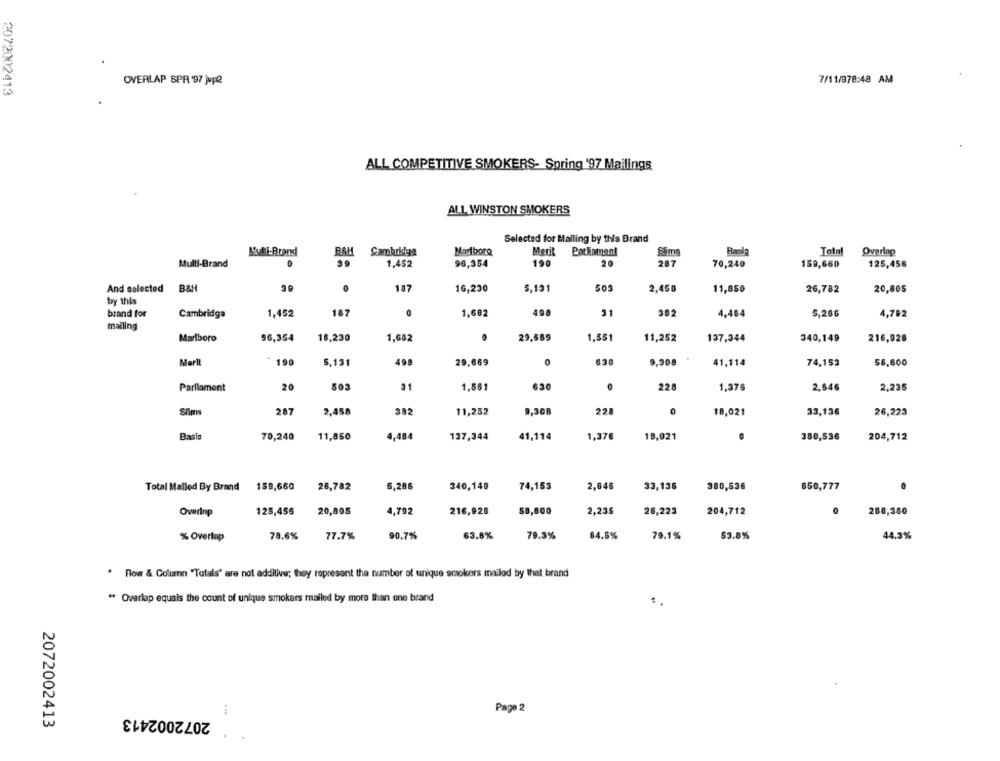
OVERLAP SPR 97 jvp2
7/11/978:48 AM
2072002413
ALL COMPETITIVE SMOKERS- Spring '97 Mailings
ALL WINSTON SMOKERS
Selected for Mailing by this Brand
Multi-Brand
RAH
Cambridge
Marlboro
Merit
flims
Total
Overlap
Mulli-Brand
1.452
96,354
190
20
287
70,240
159,660
125,456
And selected B&H
187
16,230
5,191
503
2,458
11,850
26,782
20,805
by this
brand for
1,452
187
1,682
498
31
382
4,464
5.286
4,792
Cambridge
mailing
Marlboro
96,354
16,230
1,682
29,589
1,551
11,252
137,344
340,149
216,928
Merit
- 190
5,131
498
29,669
630
9,308
41,114
74,153
58,600
Parliament
20
503
31
1.861
630
228
1,376
2,646
2,235
Slims
287
2,458
382
11,252
9,308
228
0
18,021
33,136
26,223
Basle
70,240
11,850
4,484
137,344
41,114
1,376
18,021
380,536
204,712
Total Malled By Brand 159,660
26,782
5.286
340,149
74,153
2,646
33,136
380,536
650,777
Overinp
128,456
20,805
4,792
216,928
58,600
2,235
26,223
204,712
288,380
% Overlap
78.6%
77.7%
90.7%
63.6%
79.3%
84.5%
79.1%
53.8%
44.3%
. Row & Column "Totals" are not additive; they represent the number of unique smokers mailed by that brand
** Overlap equals the count of unique smokers mailed by more than one brand
2072002413
Page 2
2072002413